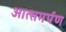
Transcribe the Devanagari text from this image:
आत्समर्पण